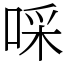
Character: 啋